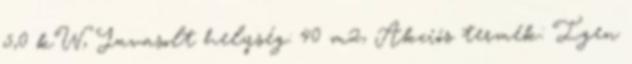
5,0 kW, Javasolt helység: 40 m2, Akciós termék: Igen